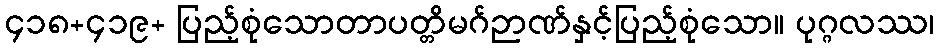
၄၁၈+၄၁၉+ ပြည့်စုံသောတာပတ္တိမဂ်ဉာဏ်နှင့်ပြည့်စုံသော။ ပုဂ္ဂလဿ၊